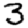
Digit: 3